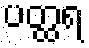
ပတ္ထရ